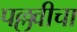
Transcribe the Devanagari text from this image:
पल्लवीचा